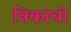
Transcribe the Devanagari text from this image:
त्रिकांची